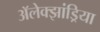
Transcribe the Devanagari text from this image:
अॅलेक्झांड्रिया